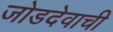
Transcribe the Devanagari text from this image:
जोडदेवाची